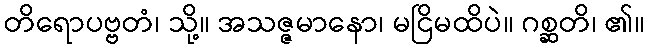
တိရောပဗ္ဗတံ၊ သို့။ အသဇ္ဇမာနော၊ မငြိမထိပဲ။ ဂစ္ဆတိ၊ ၏။